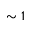
\sim 1